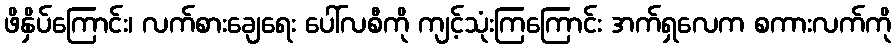
ဖိနှိပ်ကြောင်း၊ လက်စားချေရေး ပေါ်လစီကို ကျင့်သုံးကြကြောင်း အက်ရှလေက စကားလက်ကို